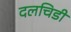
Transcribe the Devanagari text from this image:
दलचिडी